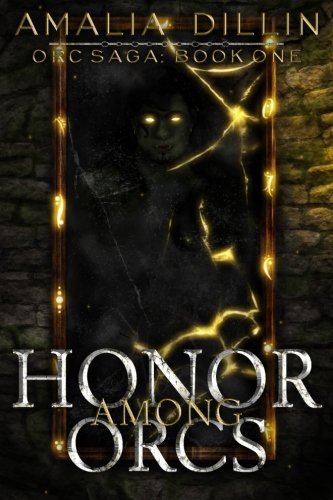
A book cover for Honor Among Orcs (Orc Saga) (Volume 1); Amalia Dillin; Science Fiction & Fantasy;